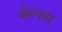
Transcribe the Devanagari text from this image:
बेल्सा